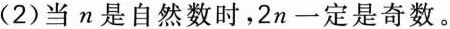
(2)当n是自然数时，2n一定是奇数。